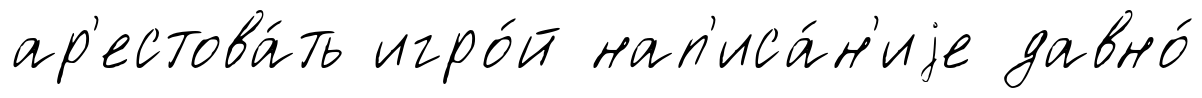
ар'естова́ть игро́й нап'иса́н'иjе давно́